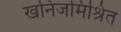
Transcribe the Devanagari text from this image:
खनिजमिश्रित